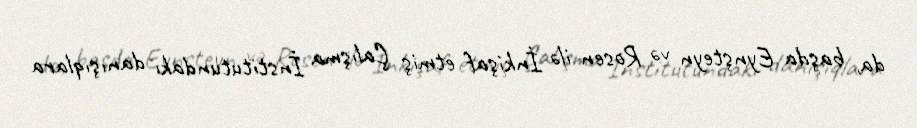
da, başda Eynşteyn və Rosen ilə İnkişaf etmiş Çalışma İnstitutundakı danışıqlara